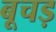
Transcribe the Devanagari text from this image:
बूचड़